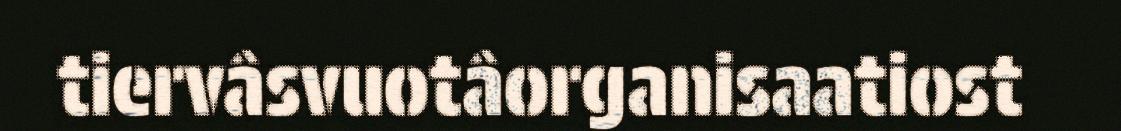
tiervâsvuotâorganisaatiost